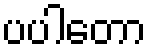
ပပါတော